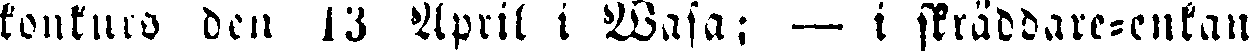
konkurs den 13 April i Wasa: — i skräddare-enkan